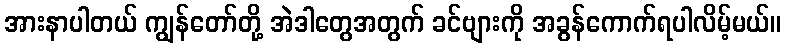
အားနာပါတယ် ကျွန်တော်တို့ အဲဒါတွေအတွက် ခင်ဗျားကို အခွန်ကောက်ရပါလိမ့်မယ်။